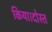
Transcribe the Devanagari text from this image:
किया।दोस्त